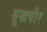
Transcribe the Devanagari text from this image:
सूखवीर